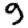
Digit: 9